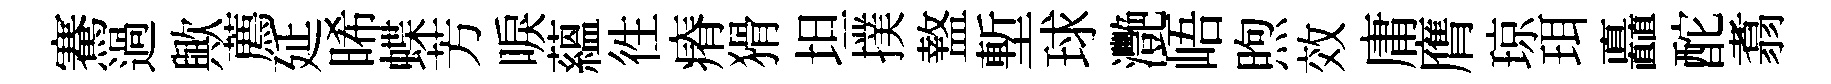
騫過歟薦延晞蝶芳唳蘊徃瘠猾坦撲盩塹球灧峿煦效庸膺琼珥矗酡翥